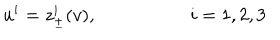
LaTeX: u ^ { i } = z _ { \pm } ^ { i } ( v ) , \quad \quad \quad \quad \quad i = 1 , 2 , 3